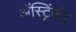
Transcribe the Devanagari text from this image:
ॲस्ट्रिंजंट